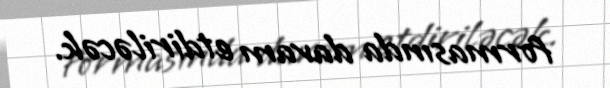
formasında davam etdiriləcək.